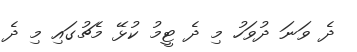
ދެ ވަނަ ދުވަހު މި ދެ ޓީމު ކުޅޭ މެޗުގައި މި ދެ